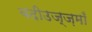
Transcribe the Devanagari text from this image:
बदीउज्ज़माँ